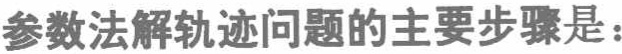
参数法解轨迹问题的主要步骤是：